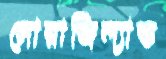
সোয়াজিল্যান্ড